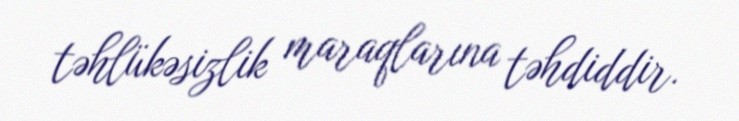
təhlükəsizlik maraqlarına təhdiddir.